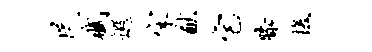
民赋遐宋猷宅膝援